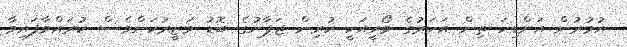
އުމުރުން އަށްޑިހަ ތިން އަހަރުގެ މޯރީއަކީ ކުރިން ޖަޕާނުގެ ބޮޑު ވަޒީރުކަންވެސް ކުރައްވާފައިވާ